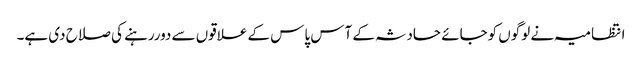
انتظامیہ نے لوگوں کوجائے حادثہ کے آس پاس کے علاقوں سے دوررہنے کی صلاح دی ہے۔